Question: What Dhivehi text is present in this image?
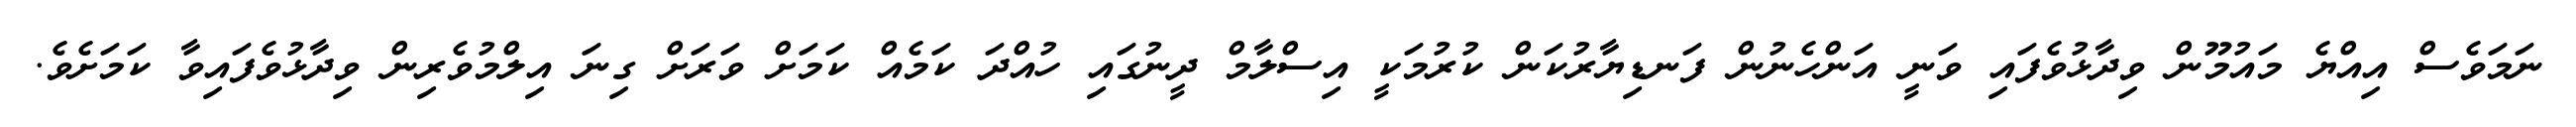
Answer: ނަމަވެސް އިއްޔެ މައުމޫން ވިދާޅުވެފައި ވަނީ އަންހެނުން ފަނޑިޔާރުކަން ކުރުމަކީ އިސްލާމް ދީނުގައި ހުއްދަ ކަމެއް ކަމަށް ވަރަށް ގިނަ އިލްމުވެރިން ވިދާޅުވެފައިވާ ކަމަށެވެ.